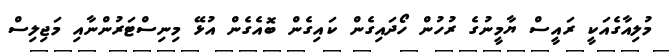
މުލިއާގެއަކީ ރައީސް ޔާމީނުގެ ރުހުން ހޯދައިގެން ކައިގެން ބޮއެގެން އުޅޭ މިނިސްޓަރުންނާއި މަޖިލިސް